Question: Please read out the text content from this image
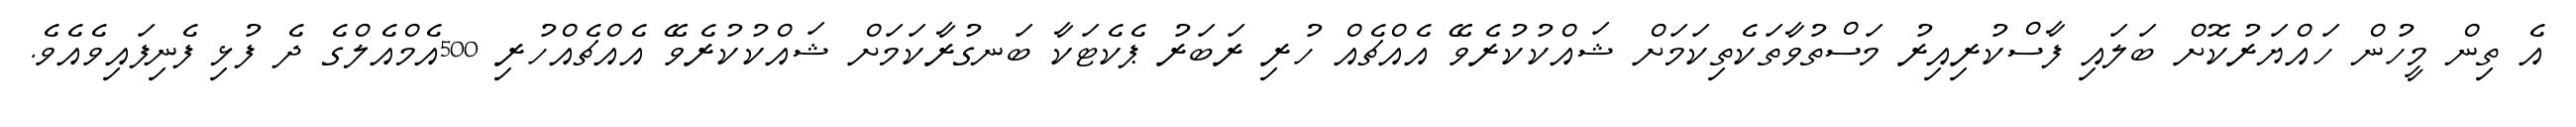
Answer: އެ ތިން މީހުން ހައްޔަރުކޮށް ބަލައި ފާސްކުރިއިރު މަސްތުވާތަކެތިކަމަށް ޝައްކުކުރެވޭ އެއްޗެއް ހުރި ރަބަރު ޕެކެޓަކާ ބަނގުރާކަމަށް ޝައްކުކުރެވޭ އެއްޗެއްހުރި 500އެމްއެލްގެ ދެ ފުޅި ފެނިފައިވެއެވެ.